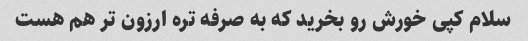
سلام کپی خورش رو بخرید که به صرفه تره ارزون تر هم هست